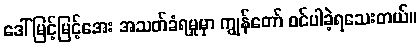
ဒေါ်မြင့်မြင့်အေး အသတ်ခံရမှုမှာ ကျွန်တော် ဝင်ပါခဲ့ရသေးတယ်။